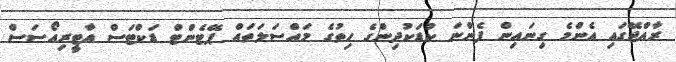
ރާއްޖޭގައި އެންމެ ގިނައިން ފެންނަ ކުޑަކުދިންގެ ހިތުގެ މައްސަލަތައް ޕޭޓެންޓް ޑަކްޓަސް އާޓީރިއޯސަސް